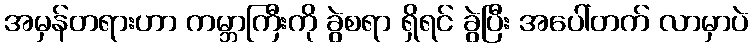
အမှန်တရားဟာ ကမ္ဘာကြီးကို ခွဲစရာ ရှိရင် ခွဲပြီး အပေါ်တက် လာမှာပဲ